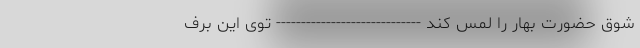
شوق حضورت بهار را لمس کند ----------------------------- توی این برف